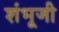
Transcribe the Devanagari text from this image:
शंभूजी